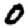
Digit: 0